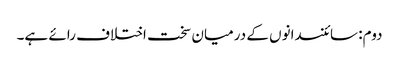
دوم: سائنسدانوں کے درمیان سخت اختلاف رائے ہے۔